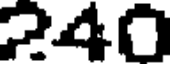
240